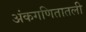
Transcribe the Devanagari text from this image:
अंकगणितातली